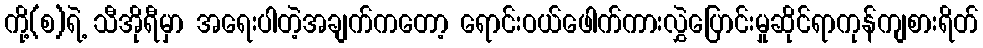
ကို့(စ)ရဲ့ သီအိုရီမှာ အရေးပါတဲ့အချက်ကတော့ ရောင်းဝယ်ဖေါက်ကားလွှဲပြောင်းမှုဆိုင်ရာကုန်ကျစားရိတ်